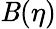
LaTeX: \mathit{B}(\eta)